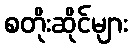
စတိုးဆိုင်များ